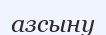
азсыну